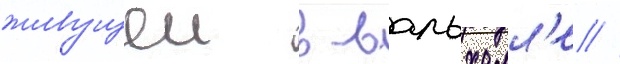
живущеи в вальхалл'е //